38_143685_box_Incident_Summaries_101-172
Agency: Department of War
Page 135
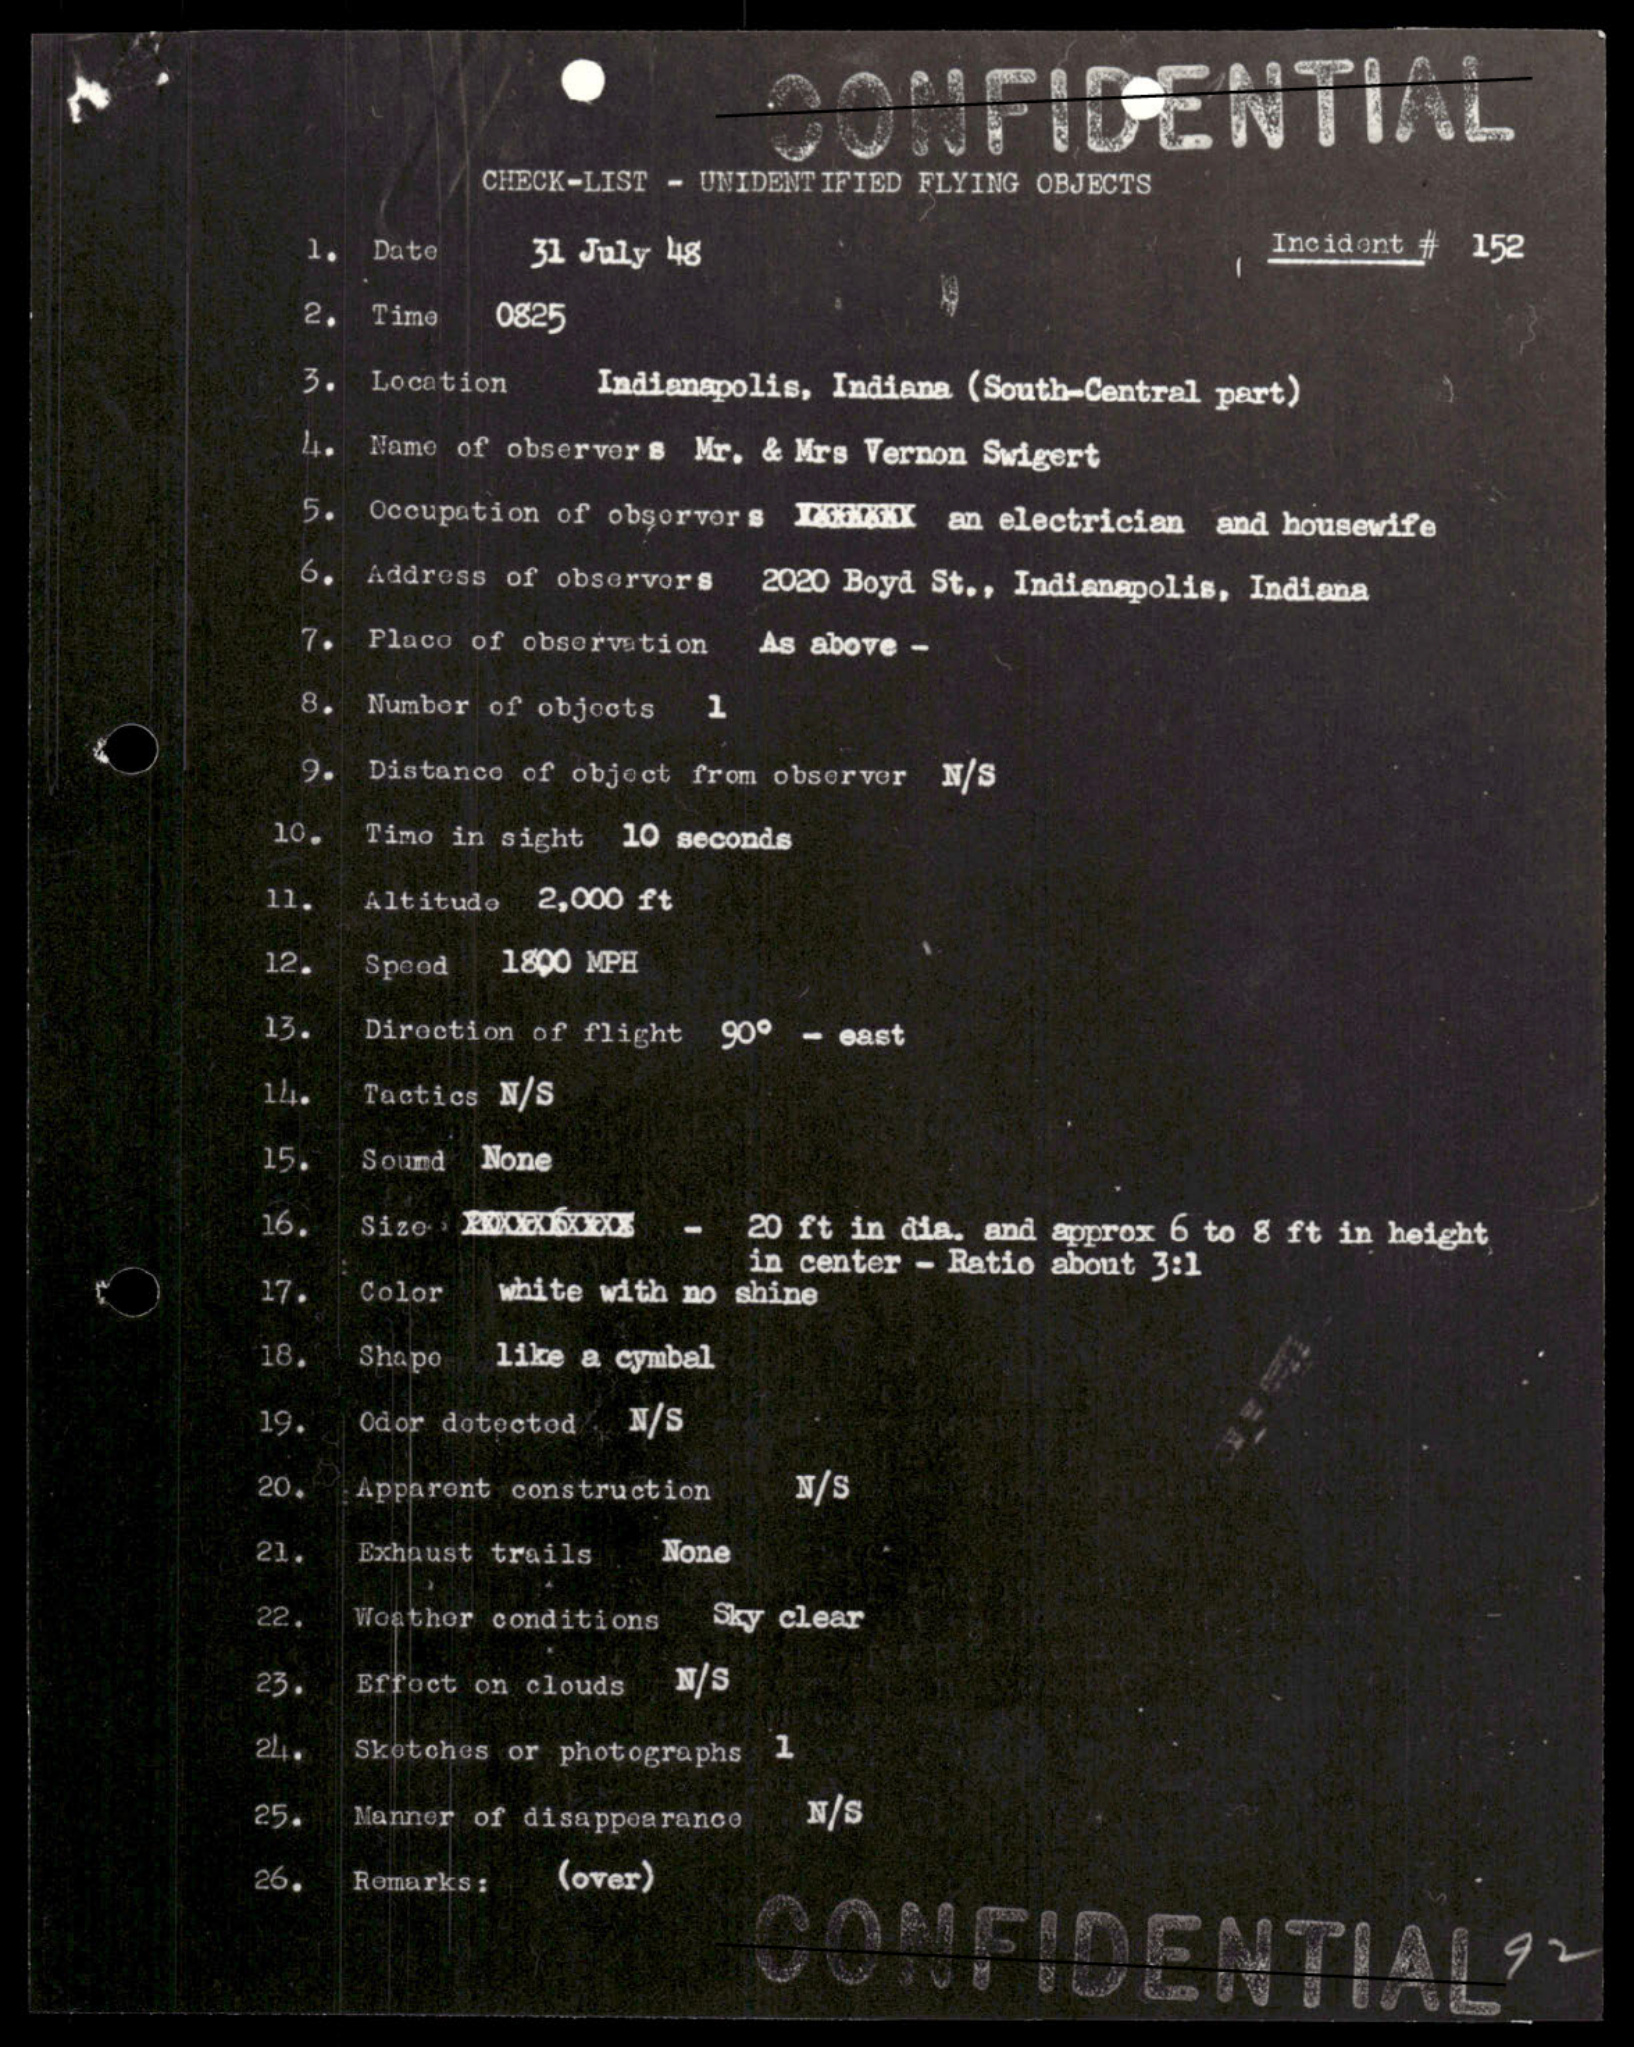